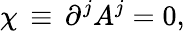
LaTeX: \chi\, \equiv\, \partial^{j}A^{j}=0,